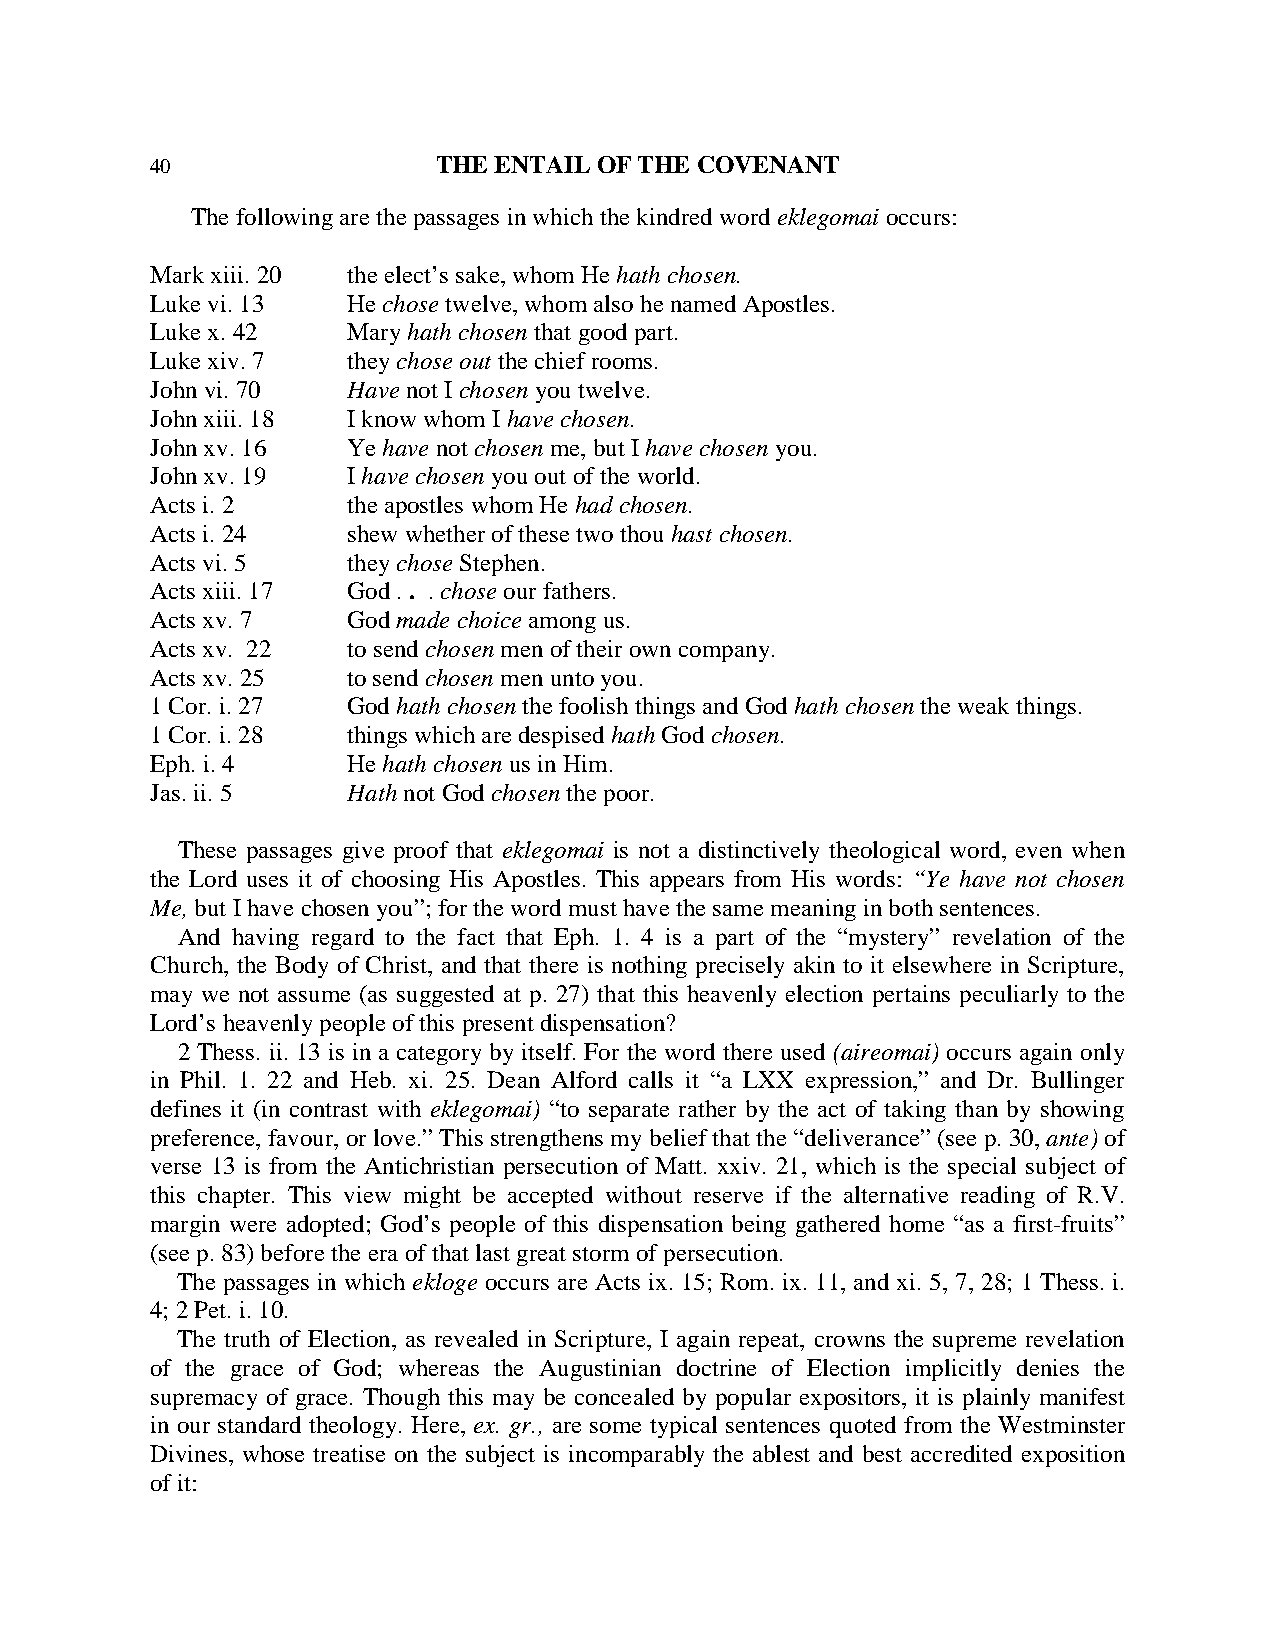
40                 THE ENTAIL OF THE COVENANT
 The following are the passages in which the kindred word eklegomai occurs:
 Mark xiii. 20 the elect’s sake, whom He hath chosen.
 Luke vi. 13  He chose twelve, whom also he named Apostles.
 Luke x. 42   Mary hath chosen that good part.
 Luke xiv. 7  they chose out the chief rooms.
 John vi. 70  Have not I chosen you twelve.
 John xiii. 18 I know whom I have chosen.
 John xv. 16  Ye have not chosen me, but I have chosen you.
 John xv. 19  I have chosen you out of the world.
 Acts i. 2    the apostles whom He had chosen.
 Acts i. 24   shew whether of these two thou hast chosen.
 Acts vi. 5   they chose Stephen.
 Acts xiii. 17 God . . . chose our fathers.
 Acts xv. 7   God made choice among us.
 Acts xv. 22  to send chosen men of their own company.
 Acts xv. 25  to send chosen men unto you.
 1 Cor. i. 27 God hath chosen the foolish things and God hath chosen the weak things.
 1 Cor. i. 28 things which are despised hath God chosen.
 Eph. i. 4    He hath chosen us in Him.
 Jas. ii. 5   Hath not God chosen the poor.
 These passages give proof that eklegomai is not a distinctively theological word, even when
 the Lord uses it of choosing His Apostles. This appears from His words: “Ye have not chosen
 Me, but I have chosen you”; for the word must have the same meaning in both sentences.
 And having regard to the fact that Eph. 1. 4 is a part of the “mystery” revelation of the
 Church, the Body of Christ, and that there is nothing precisely akin to it elsewhere in Scripture,
 may we not assume (as suggested at p. 27) that this heavenly election pertains peculiarly to the
 Lord’s heavenly people of this present dispensation?
 2 Thess. ii. 13 is in a category by itself. For the word there used (aireomai) occurs again only
 in Phil. 1. 22 and Heb. xi. 25. Dean Alford calls it “a LXX expression,” and Dr. Bullinger
 defines it (in contrast with eklegomai) “to separate rather by the act of taking than by showing
 preference, favour, or love.” This strengthens my belief that the “deliverance” (see p. 30, ante) of
 verse 13 is from the Antichristian persecution of Matt. xxiv. 21, which is the special subject of
 this chapter. This view might be accepted without reserve if the alternative reading of R.V.
 margin were adopted; God’s people of this dispensation being gathered home “as a first-fruits”
 (see p. 83) before the era of that last great storm of persecution.
 The passages in which ekloge occurs are Acts ix. 15; Rom. ix. 11, and xi. 5, 7, 28; 1 Thess. i.
 4; 2 Pet. i. 10.
 The truth of Election, as revealed in Scripture, I again repeat, crowns the supreme revelation
 of the grace of God; whereas the Augustinian doctrine of Election implicitly denies the
 supremacy of grace. Though this may be concealed by popular expositors, it is plainly manifest
 in our standard theology. Here, ex. gr., are some typical sentences quoted from the Westminster
 Divines, whose treatise on the subject is incomparably the ablest and best accredited exposition
 of it: